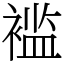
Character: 褴